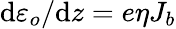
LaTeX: \mathrm{d}\varepsilon_{o}/\mathrm{d}z=e\eta J_{b}